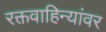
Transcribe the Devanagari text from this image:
रक्तवाहिन्यांवर